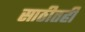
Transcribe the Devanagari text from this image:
साठीतही